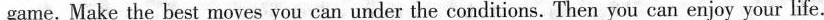
game. Make the best moves you can under the conditions. Then you can enjoy your life.